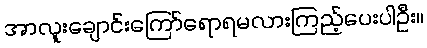
အာလူးချောင်းကြော်ရောရမလားကြည့်ပေးပါဦး။